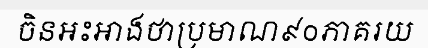
ចិនអះអាងថាប្រមាណ៩០ភាគរយ